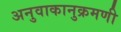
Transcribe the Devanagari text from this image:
अनुवाकानुक्रमणी